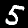
Label: 5